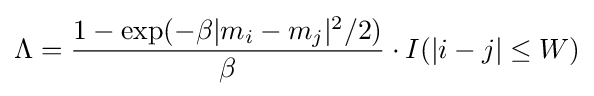
\Lambda ={\frac {1-\exp(-\beta |m_{i}-m_{j}|^{2}/2)}{\beta }}\cdot I(|i-j|\leq W)